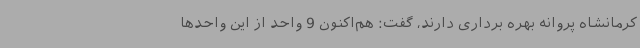
کرمانشاه پروانه بهره برداری دارند، گفت: هم‌اکنون 9 واحد از این واحدها